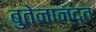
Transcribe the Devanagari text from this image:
बुतेनान्द्त